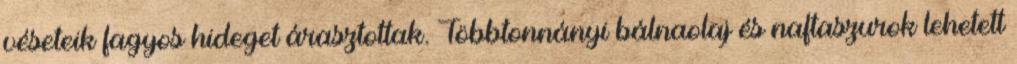
véseteik fagyos hideget árasztottak. Többtonnányi bálnaolaj és naftaszurok lehetett